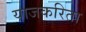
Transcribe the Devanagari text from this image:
याजकरिता